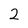
Character: 2